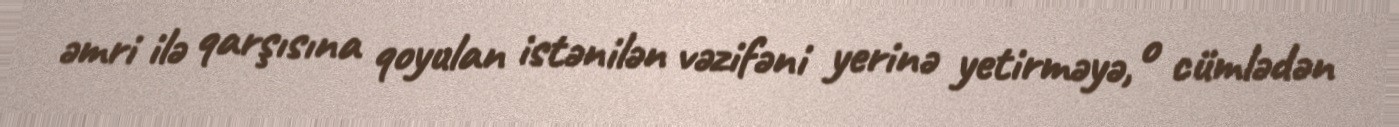
əmri ilə qarşısına qoyulan istənilən vəzifəni yerinə yetirməyə, o cümlədən